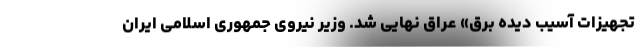
تجهیزات آسیب دیده برق» عراق نهایی شد. وزیر نیروی جمهوری اسلامی ایران